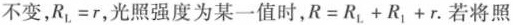
不变，$$R_{L} = r$$，光照强度为某一值时，$$R = R_{L} + R_{1} + r$$.若将照